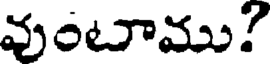
వుంటాము?